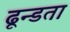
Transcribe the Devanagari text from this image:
ढून्डता